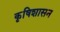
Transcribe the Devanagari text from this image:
कृषिशासन